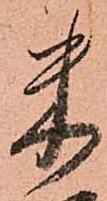
米